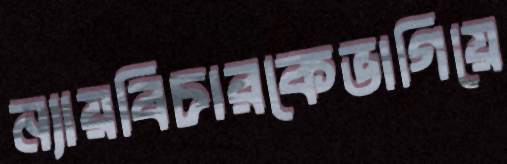
ন্যায়বিচারকেভাগিয়ে